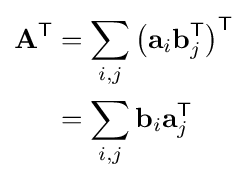
{\begin{aligned}\mathbf {A} ^{\mathsf {T}}&=\sum _{i,j}\left(\mathbf {a} _{i}\mathbf {b} _{j}^{\mathsf {T}}\right)^{\mathsf {T}}\\&=\sum _{i,j}\mathbf {b} _{i}\mathbf {a} _{j}^{\mathsf {T}}\end{aligned}}